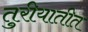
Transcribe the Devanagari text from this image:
तुरीयातीत